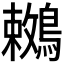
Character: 𪅙